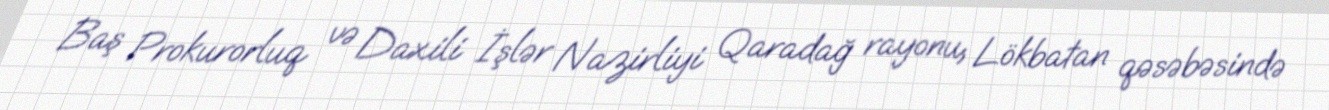
Baş Prokurorluq və Daxili İşlər Nazirliyi Qaradağ rayonu, Lökbatan qəsəbəsində